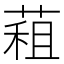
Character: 蒩